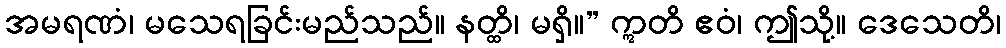
အမရဏံ၊ မသေရခြင်းမည်သည်။ နတ္ထိ၊ မရှိ။” ဣတိ ဧဝံ၊ ဤသို့။ ဒေသေတိ၊